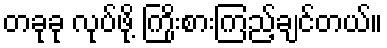
တခုခု လုပ်ဖို့ ကြိုးစားကြည့်ချင်တယ်။